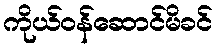
ကိုယ်ဝန်ဆောင်မိခင်